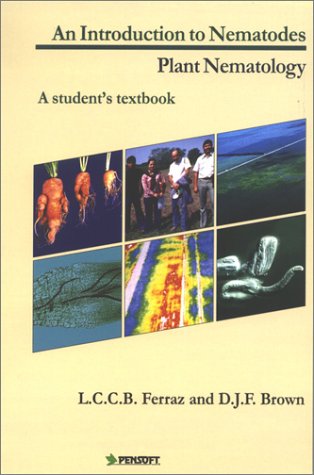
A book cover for An Introduction to Nematodes: Plant Nematology (Pensoft Series Parasitologica, 3); Luiz C. C. B. Ferraz; Science & Math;